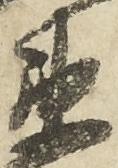
衛